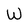
Character: W